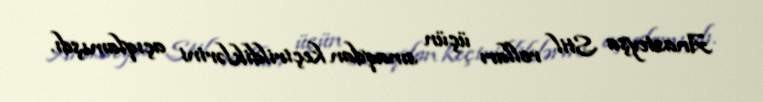
Anasteyşa Stil rolları üçün sınaqdan keçirildiklərini açıqlamışdı.